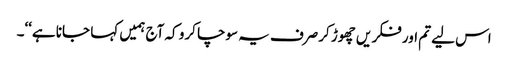
اس لیے تم اور فکر یں چھوڑ کرصرف یہ سوچا کرو کہ آج ہمیں کہا جانا ہے‘‘۔